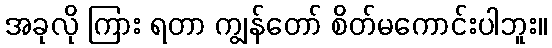
အခုလို ကြား ရတာ ကျွန်တော် စိတ်မကောင်းပါဘူး။